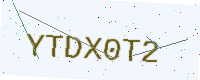
Text: YTDX0T2